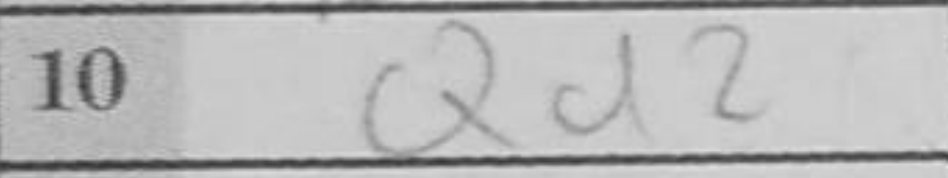
Transcription: Qd2